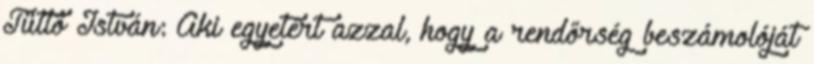
Tüttő István: Aki egyetért azzal, hogy a rendőrség beszámolóját